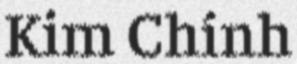
Kim Chính